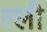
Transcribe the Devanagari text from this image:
त्ली